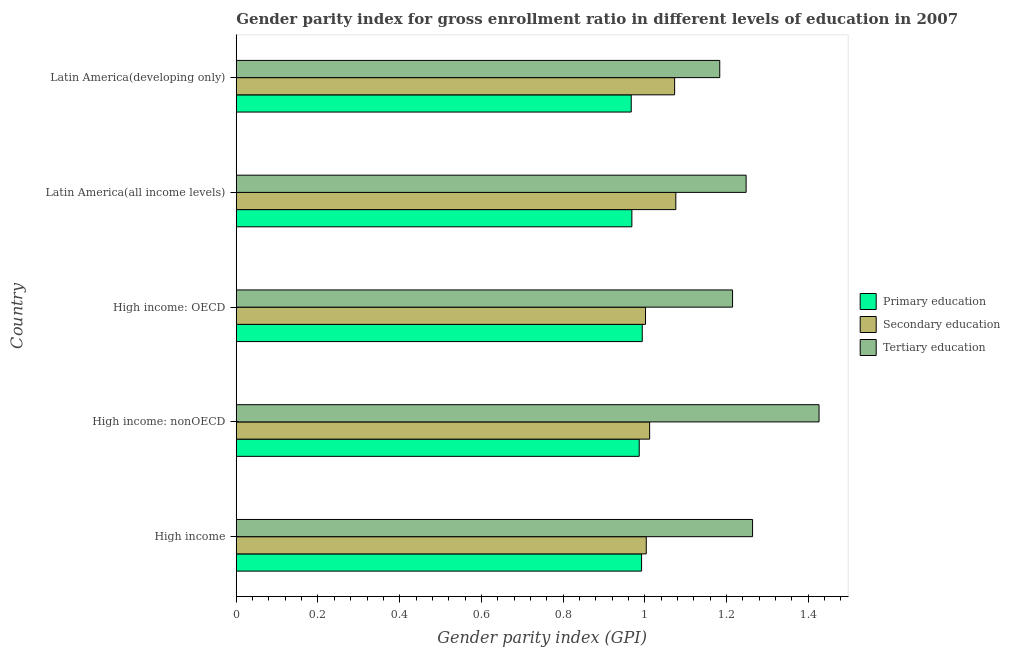
| Country | Primary education | Secondary education | Tertiary education |
 | --- | --- | --- | --- |
 | High income | 0.992 | 1 | 1.26 |
 | High income: nonOECD | 0.986 | 1.01 | 1.43 |
 | High income: OECD | 0.994 | 1 | 1.21 |
 | Latin America(all income levels) | 0.968 | 1.08 | 1.25 |
 | Latin America(developing only) | 0.967 | 1.07 | 1.18 |